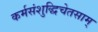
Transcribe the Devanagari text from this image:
कर्मसंशुद्धिचेतसाम्